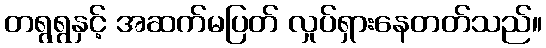
တရွရွနှင့် အဆက်မပြတ် လှုပ်ရှားနေတတ်သည်။